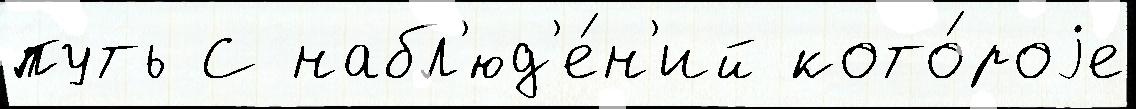
путь С набл'юд'е́н'ий кото́роjе